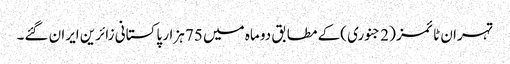
تہران ٹائمز ( 2 جنوری )کے مطابق دو ماہ میں 75 ہزار پاکستانی زائرین ایران گئے۔